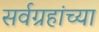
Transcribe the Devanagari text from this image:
सर्वग्रहांच्या